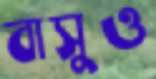
বাসুও